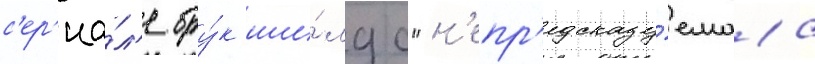
с'ер'иа́л'е бру́к ши́лдс "н'епр'едсказу́емаа